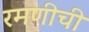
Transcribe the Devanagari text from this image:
रमणीची